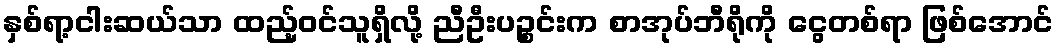
နှစ်ရာ့ငါးဆယ်သာ ထည့်ဝင်သူရှိလို့ ညီဦးပဉ္စင်းက စာအုပ်ဘီရိုကို ငွေတစ်ရာ ဖြစ်အောင်